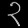
Digit: ၃